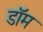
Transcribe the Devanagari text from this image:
डाॅम